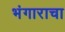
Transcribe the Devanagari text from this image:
भंगाराचा